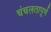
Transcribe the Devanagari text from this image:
चंचलतापूर्ण